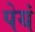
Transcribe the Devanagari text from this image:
पेयं